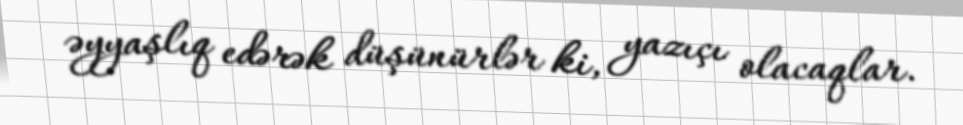
əyyaşlıq edərək düşünürlər ki, yazıçı olacaqlar.